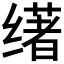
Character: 𬙅